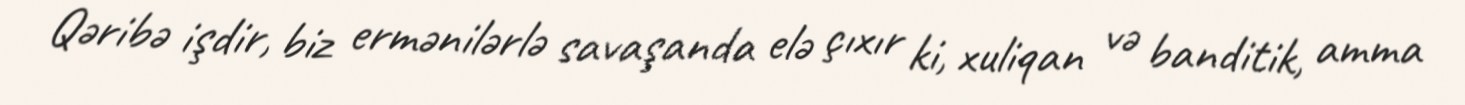
Qəribə işdir, biz ermənilərlə savaşanda elə çıxır ki, xuliqan və banditik, amma